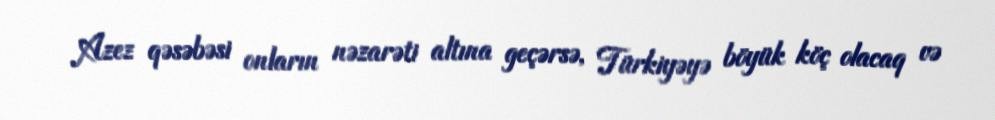
Azez qəsəbəsi onların nəzarəti altına geçərsə, Türkiyəyə böyük köç olacaq və